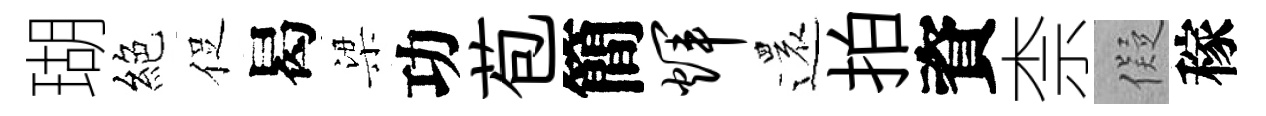
瑚絕促曷梁功苞簡辉還拍資柰儗稼